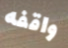
واقفه